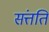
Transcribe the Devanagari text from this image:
संत्तति